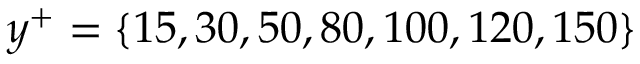
y ^ { + } = \{ 1 5 , 3 0 , 5 0 , 8 0 , 1 0 0 , 1 2 0 , 1 5 0 \}